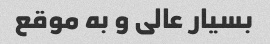
بسیار عالى و به موقع